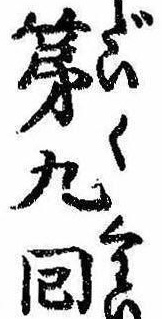
第九回